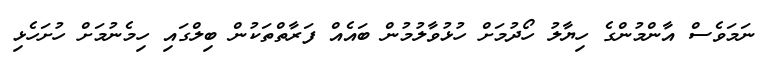
ނަމަވެސް އާންމުންގެ ހިޔާލު ހޯދުމަށް ހުޅުވާލުމުން ބައެއް ފަރާތްތަކުން ބިލްގައި ހިމެނުމަށް ހުށަހެޅި